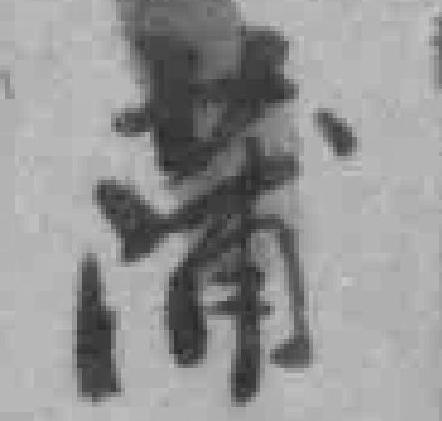
蒲